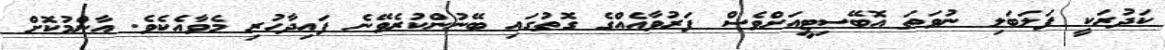
ކަދުރަކީ ފަލަބަލި ނުވަތަ އޮބޭސިޓީއަށްވެސް ފަރުވާއެއްގެ ގޮތުގައި ބޭނުންކުރެވޭނެ ފައިދާހުރި މެވާއެކެވެ. އާންމުކޮށް